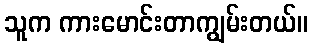
သူက ကားမောင်းတာကျွမ်းတယ်။